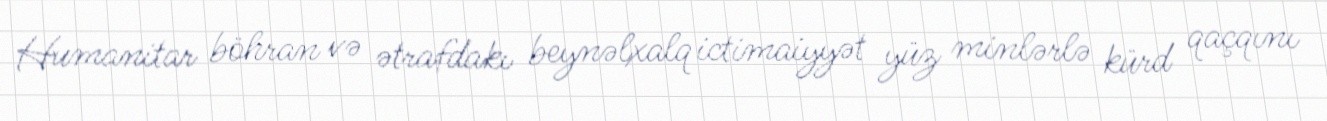
Humanitar böhran və ətrafdakı beynəlxalq ictimaiyyət yüz minlərlə kürd qaçqını